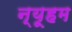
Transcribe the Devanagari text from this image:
न्यूहम